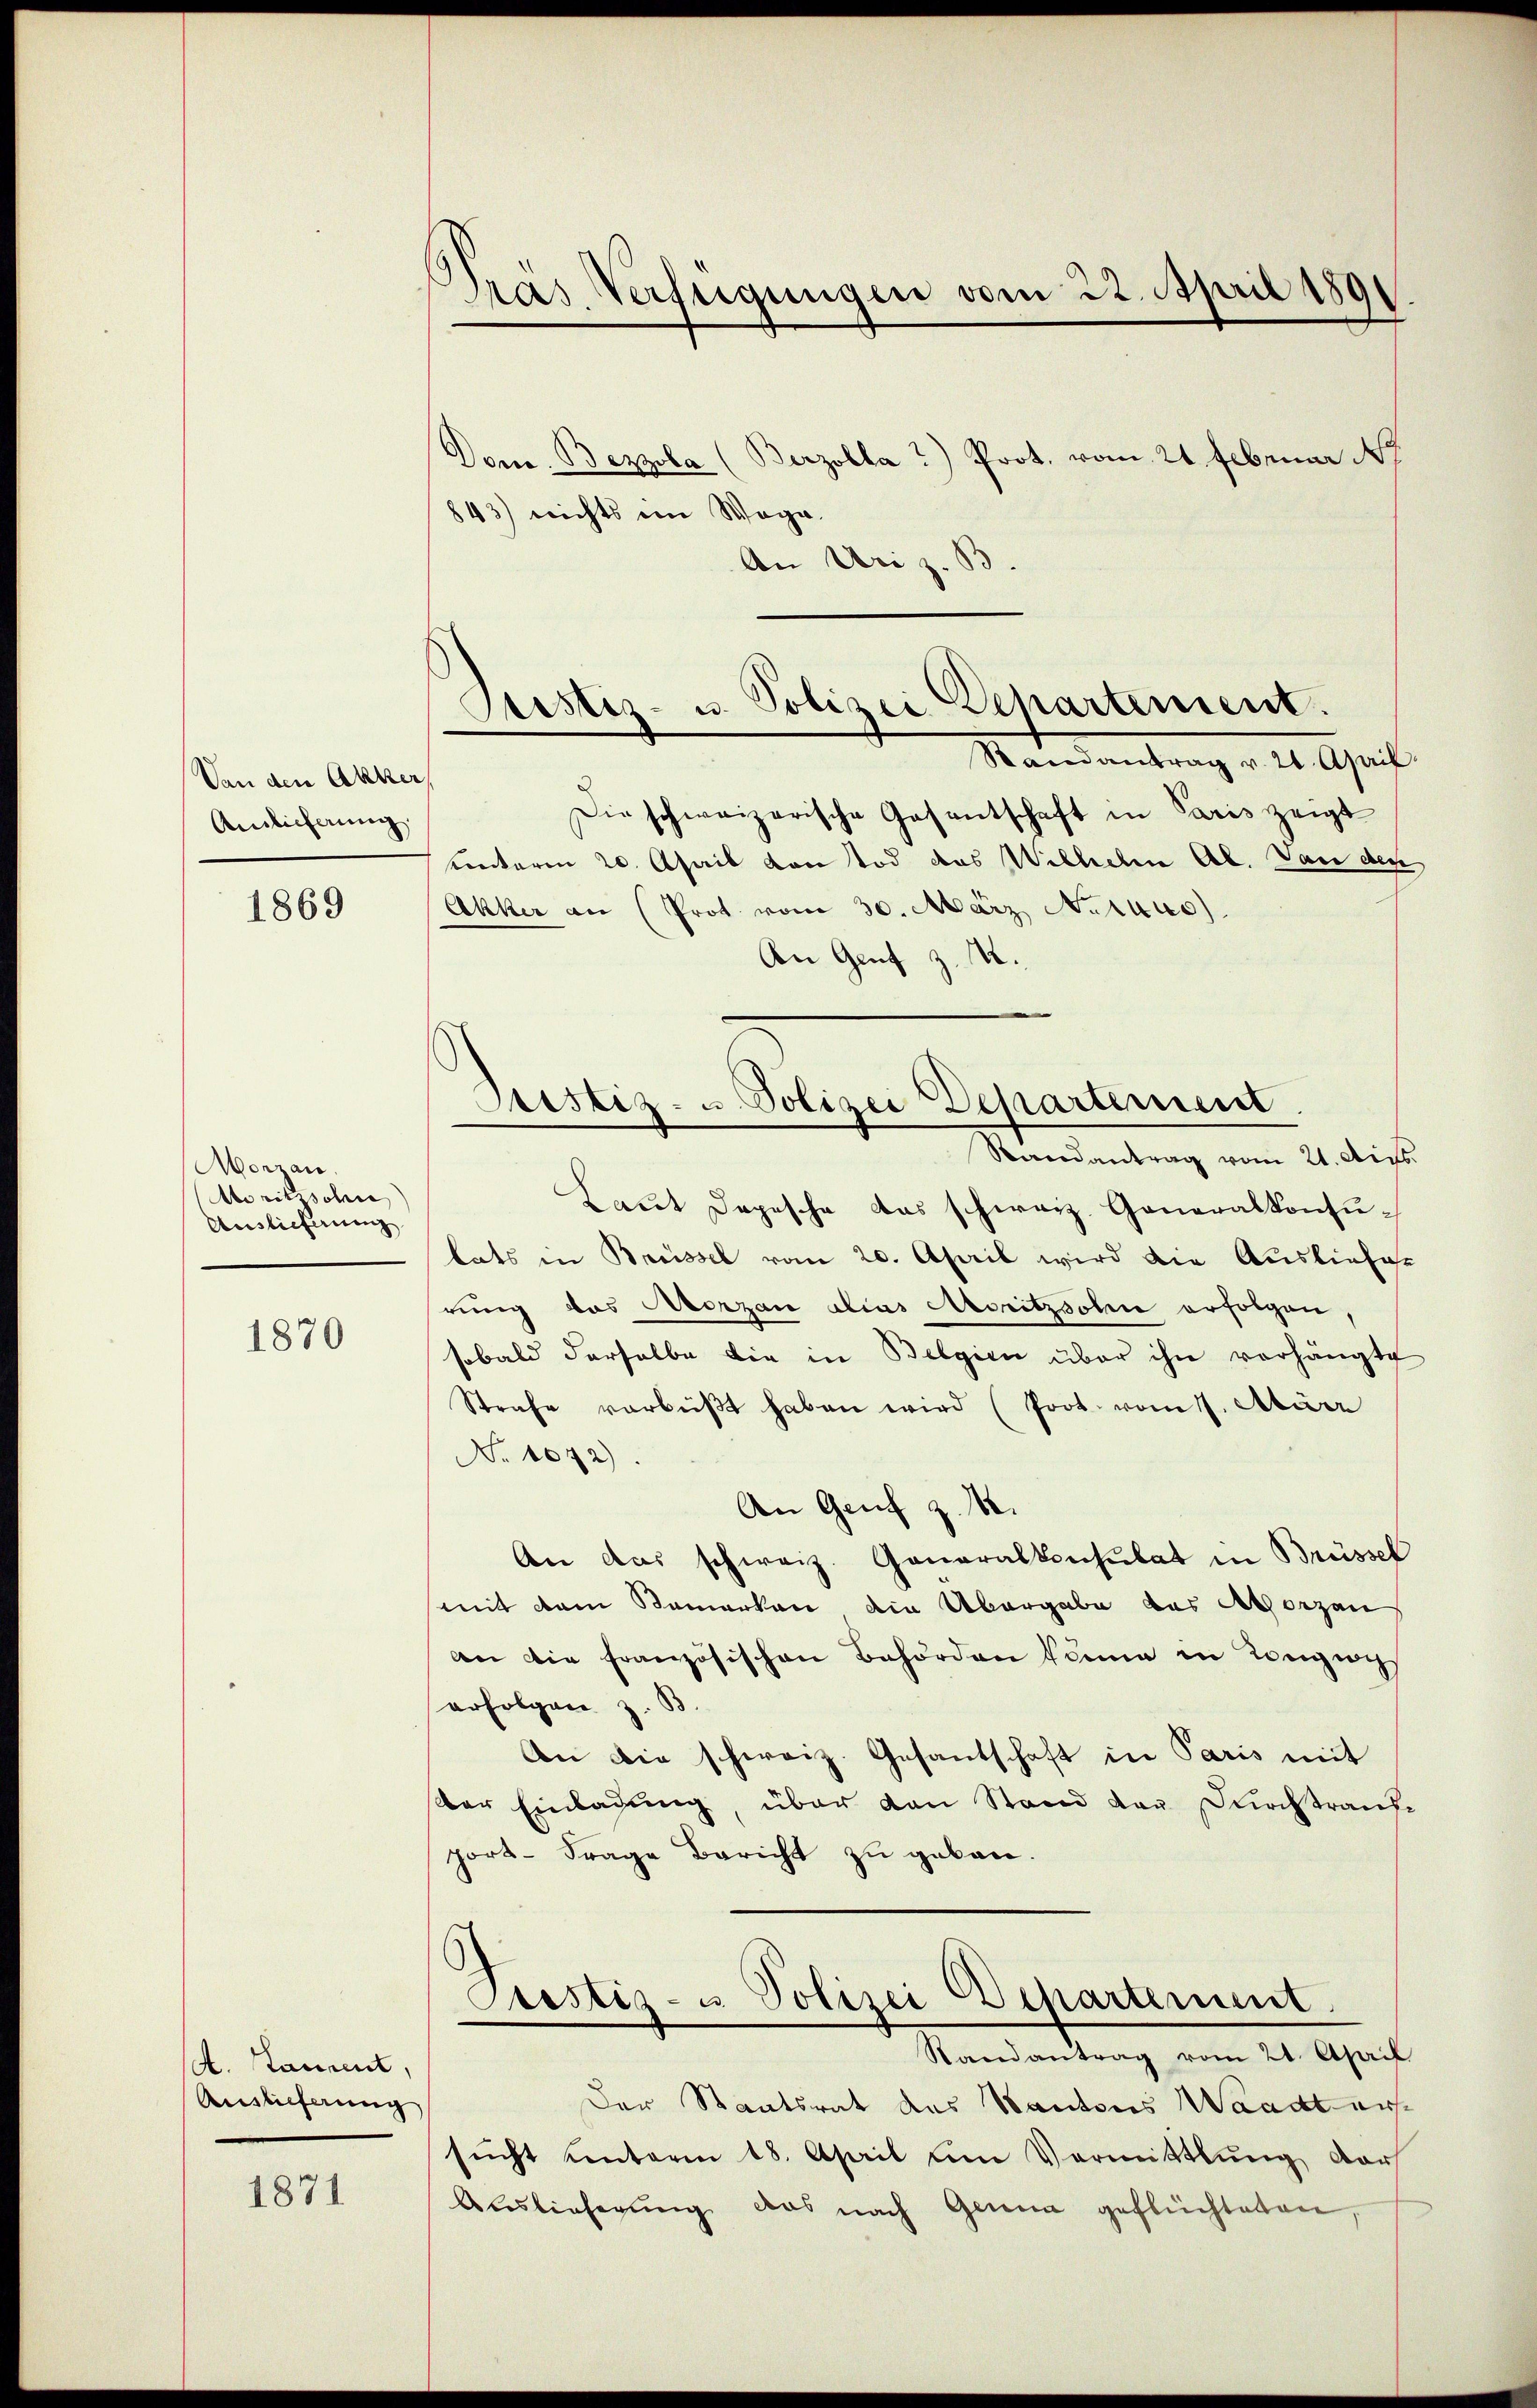
Von den Akker,
Anlicherung

1869

Morzau.
Moritzschen
Auslieferung

1870

A. Launent,
Auslieferung

1871

Dras Verfügungen vom 22. April 1891

Dem Bezzola (Berzolla?) Prot. vom 21. Februar 18
843) nichts im Wage
An Uri z. S
Die schweizerische Gasantschaft in Paris zeigt
Kontoren 20. April von Tod das Wilhelm Ab. Dan den
Akker an (Prot. vom 30. März Neraus)
An Genf z. B.
Randantrag vom 21. Aus
Laut Depesche das schweiz. Generalkonsutats in Brüssel vom 20. April wird die Ausliefe
rung das Morzan dias Moritzsohn erfolgen,
sobald derselbe die in Belgien über ihn vorhängte
Strafe verbüβt haben wird (Prot. vom 17. März
No 1072)
An Genf z. B.
An das schweiz. Generalkonsulat in Brüssel
mit dem Samarkan die Übergabe das Aborzan
an die französischen Behörden könne in Konzigs
erfolgen z. B.
An die schweiz. Gesandschaft in Paris mit
der Einladung, über den Stand der Durchtrauf
port- Frage Bericht zu gebau.
Custiz- u Polizei Departement.
Randantrag vom 21. April
Der Staatsrat des Kantons Waadt ersŭcht unterm 18. April um Vormittlung darf
Auslieferŭng das nach Genua geflüchteten,

Justiz- u. Polizei Departement.
Randantrag v. 20. April.

Pristiz- u. Polizei Departement